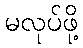
မလုပ်ဖို့